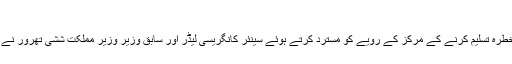
فائل فوٹو
نئی دہلی: میانمار کے روهنگيا مسلمانوں کو غیر قانونی تارکین وطن اور سلامتی کے لئے خطرہ تسلیم کرنے کے مرکز کے رویے کو مسترد کرتے ہوئے سینئر کانگریسی لیڈر اور سابق وزیر وزیر مملکت ششی تھرور نے آج مرکز کی نریندر مودی حکومت سے انہیں پناہ دینے کے لئے قانون بنانے کی اپیل کی ۔